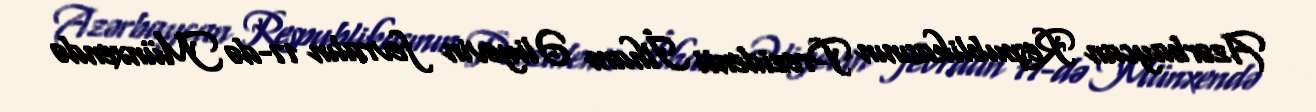
Azərbaycan Respublikasının Prezidenti İlham Əliyevin fevralın 17-də Münxendə